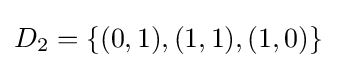
D_{2}=\{(0,1),(1,1),(1,0)\}